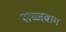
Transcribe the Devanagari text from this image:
सब्जबाग